Report of the Bombay Veterinary College
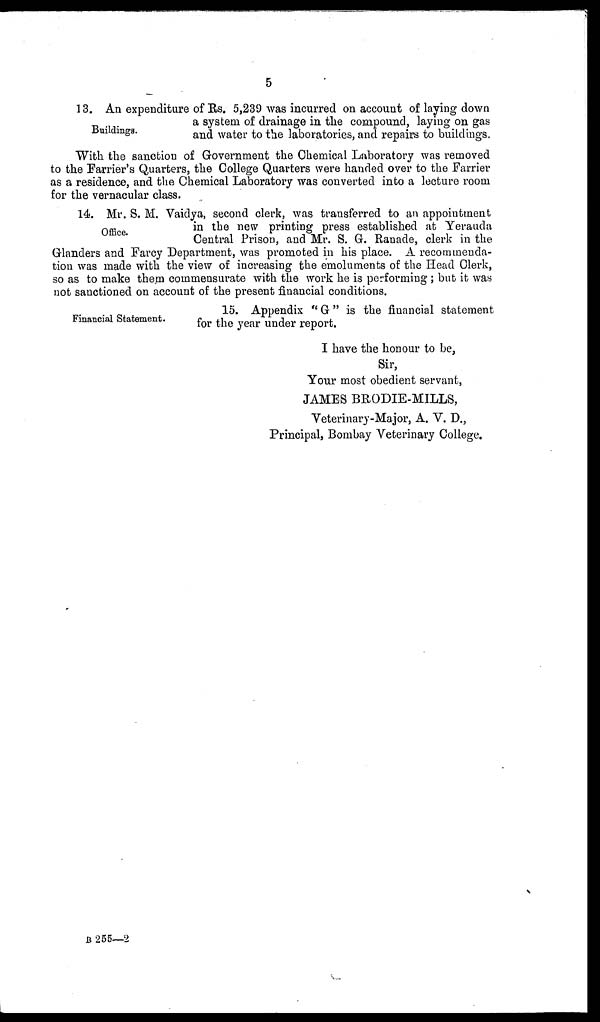
5
Buildings.
13. An expenditure of Rs. 5,239 was incurred on account of laying down
a system of drainage in the compound, laying on gas
and water to the laboratories, and repairs to buildings.
With the sanction of Government the Chemical Laboratory was removed
to the Farrier's Quarters, the College Quarters were handed over to the Farrier
as a residence, and the Chemical Laboratory was converted into a lecture room
for the vernacular class.
Office.
14. Mr. S. M. Vaidya, second clerk, was transferred to an appointment
in the new printing press established at Yerauda
Central Prison, and Mr. S. G. Ranade, clerk in the
Glanders and Farcy Department, was promoted in his place. A recommenda-
tion was made with the view of increasing the emoluments of the Head Clerk,
so as to make them commensurate with the work he is performing ; but it was
not sanctioned on account of the present financial conditions.
Financial Statement.
15. Appendix "G" is the financial statement
for the year under report.
I have the honour to be,
Sir,
Your most obedient servant,
JAMES BRODIE-MILLS,
Veterinary-Major, A. V. D.,
Principal, Bombay Veterinary College.
B 255—2